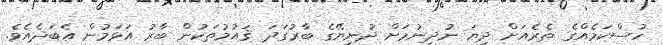
ހުސްކަމެއްގެ ތެރެއަށް ދިޔަ ނުދިނުމަށް ދުނިޔޭގެ ބާރުގަދަ ޤައުމުތަކުން ބާރު އަޅަމުން އެބަދެއެވެ.